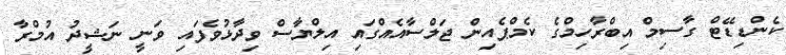
ކެންޑިޑޭޓް ގާސިމް އިބްރާހިމްގެ ކެމްޕެއިން ޖަލްސާއެއްގައި އިލްޔާސް ވިދާޅުވެފައި ވަނީ ނަޝީދު އުމްރާ